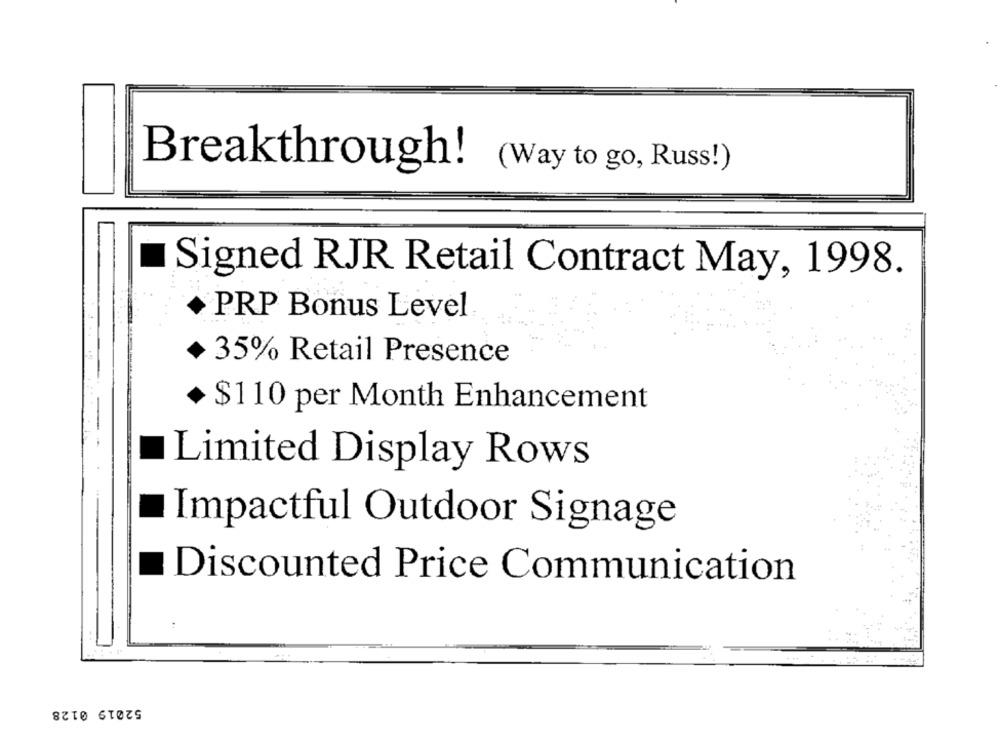
Breakthrough!
(Way to go, Russ!)
Signed RJR Retail Contract May, 1998.
PRP Bonus Level
35% Retail Presence
+ $110 per Month Enhancement
Limited Display Rows
Impactful Outdoor Signage
Discounted Price Communication
52019 0128